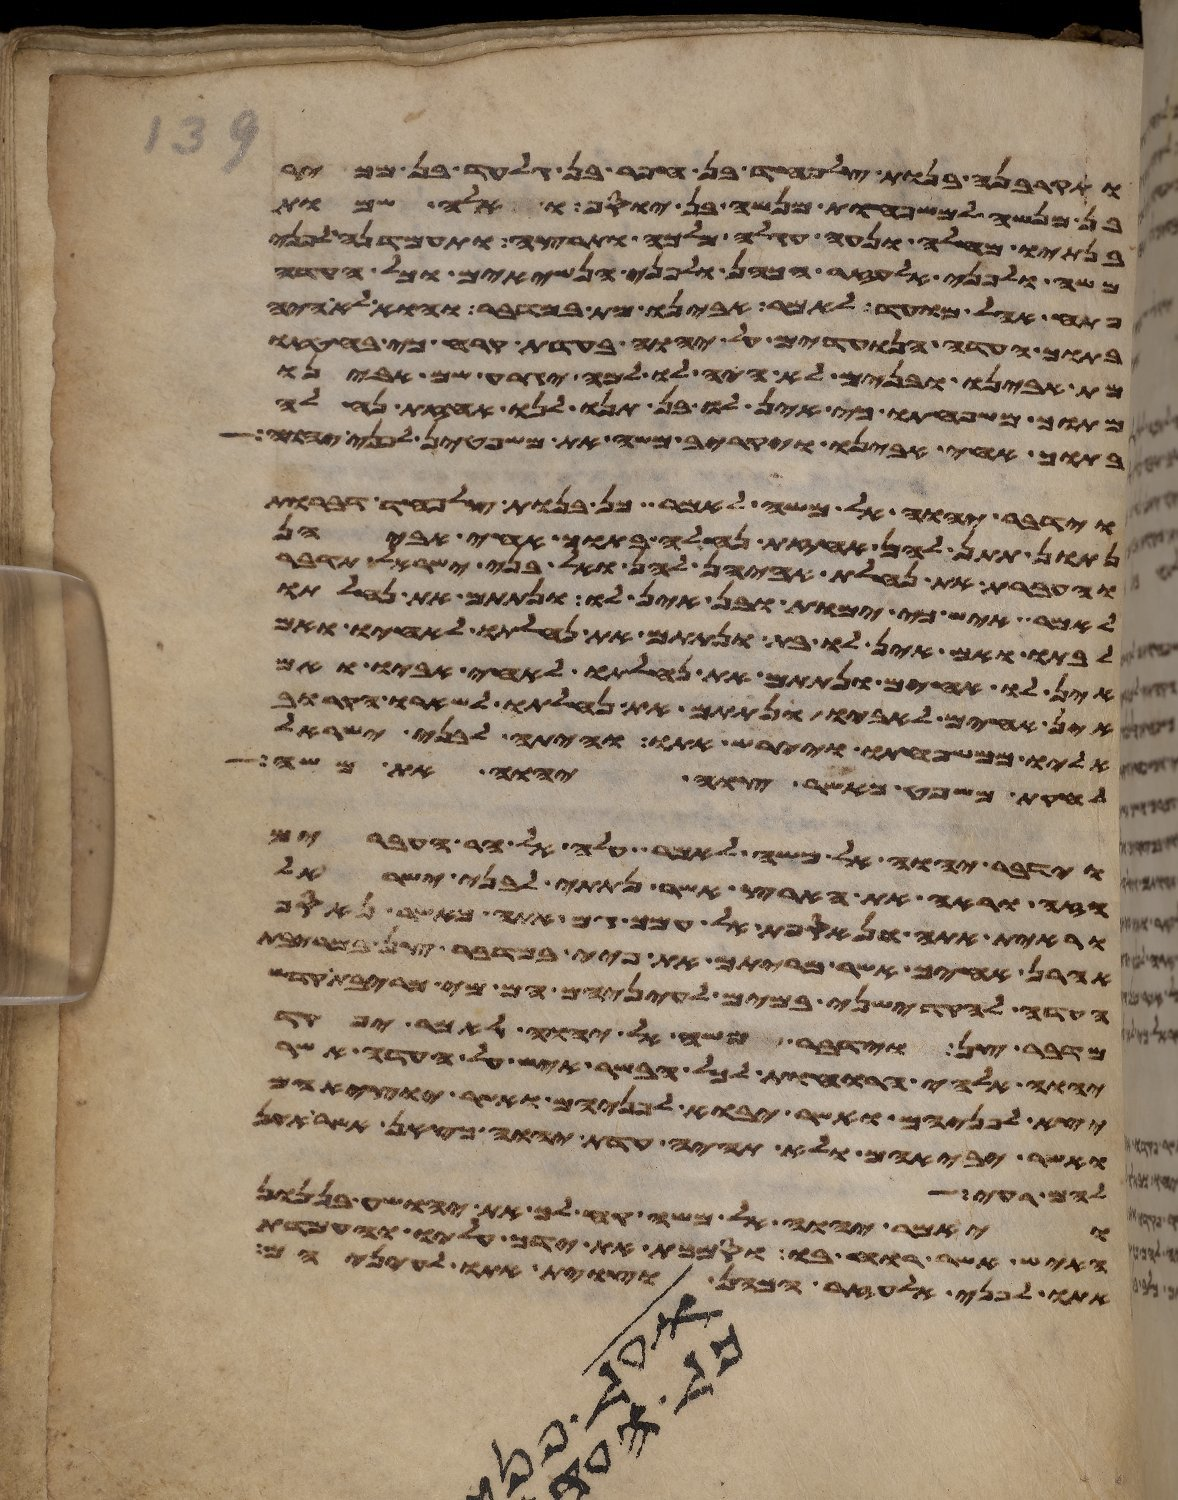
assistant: ותקרבנה בנות צלפחד בן חפר בן גלעד בן מכיר
בן מנשה למשפחות מנשה בן יוסף ואלה שמות
בנתיו מחלה ונעה חגלה מלכה ותרצה ותעמדנה לפני
משה ולפני אלעזר הכהן ולפני הנשיאים וכל העדה
פתח אהל מועד לאמר אבינו מת במדבר והוא לא היה
בתוך העדה הנועדים על יהוה בעדת קרח כי בחטאו
מת אבינו ובנים לא היה לו למה יגרע שם אבינו
מתוך משפחתו כי אין לו בן תנו לנו אחזת נחלה
בתוך אחי אבינו ויקרב משה את משפטן לפני יהוה
וידבר יהוה אל משה לאמר כן בנות צלפחד דברות
נתן תתן להן אחזת נחלה בתוך אחי אביהן
והעברת את נחלת אביהן להן ואל בני ישראל תדבר
לאמר איש כי ימות ובן אין לו ונתתם את נחלתו
לבתו ואם אין לו בת ונתתם את נחלתו לאחיו ואם
אין לו אחים ונתתם את נחלתו לאחי אביו ואם
אין אחים לאביו ונתתם את נחלתו לשארו הקרוב
אליו ממשפחתו ויירש אתו והיתה לבני ישראל
לחקת משפט כאשר צוה יהוה את משה
וידבר יהוה אל משה לאמר עלה אל הר העברים
הזה וראה את הארץ אשר נתתי לבני ישראל
וראית אתה ונאספת אל עמך גם אתה כאשר נאסף
אהרן אחיך אשר מריתם את פיי במדבר צן במריבת
העדה להקדישני במים לעיניהם הם מי מריבת קדש
מדבר צן וידבר משה אל יהוה לאמר יפקד
יהוה אלהי הרוחות לכל הבשר איש על העדה אשר
יצא לפניהם ואשר יבוא לפניהם ואשר יוציאם
ואשר יביאם ולא תהיה עדת יהוה כצאן אשר אין
הם רעים
ויאמר יהוה אל משה קח לך את יהושע בן
האיש אשר רוחו בו וסמכת את ידך עליו והעמדת
ולפני כל העדה וצוית אתו לעיניהם